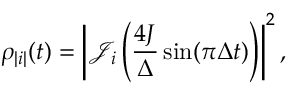
\rho _ { | i | } ( t ) = \left| \mathcal { J } _ { i } \left( \frac { 4 J } { \Delta } \sin ( \pi \Delta t ) \right) \right| ^ { 2 } ,